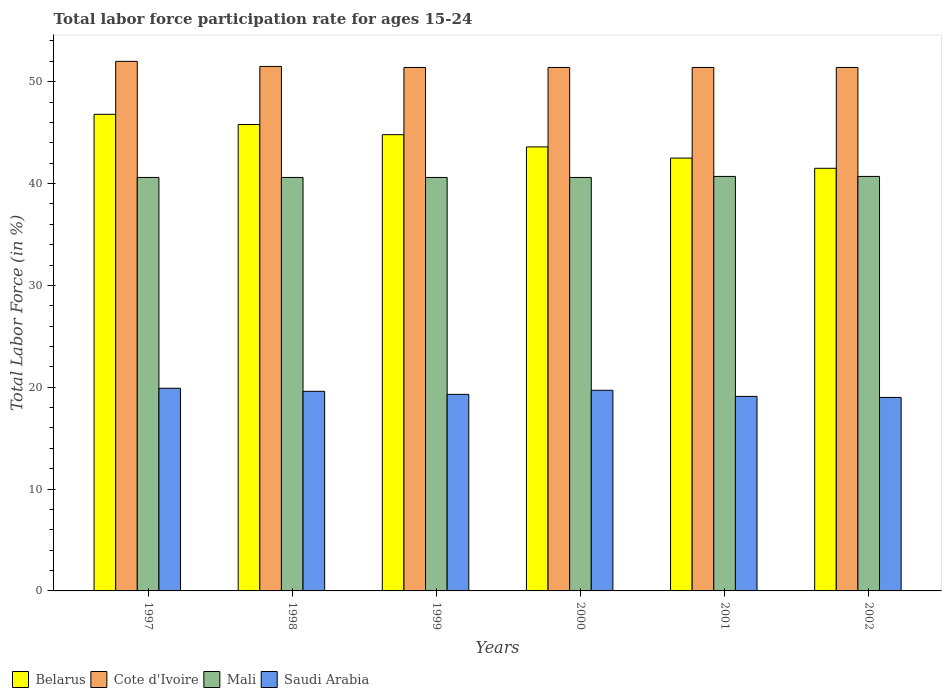
| Years | Belarus | Cote d'Ivoire | Mali | Saudi Arabia |
 | --- | --- | --- | --- | --- |
 | 1997 | 46.8 | 52 | 40.6 | 19.9 |
 | 1998 | 45.8 | 51.5 | 40.6 | 19.6 |
 | 1999 | 44.8 | 51.4 | 40.6 | 19.3 |
 | 2000 | 43.6 | 51.4 | 40.6 | 19.7 |
 | 2001 | 42.5 | 51.4 | 40.7 | 19.1 |
 | 2002 | 41.5 | 51.4 | 40.7 | 19 |